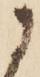
に